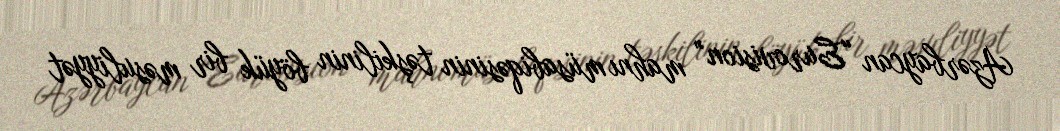
Azərbaycan “Eurovision” mahnı müsabiqəsinin təşkilinin böyük bir məsuliyyət